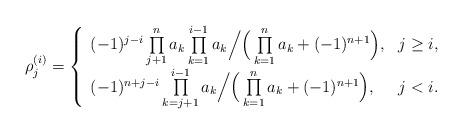
LaTeX: \begin{align*}\rho_j^{(i)}=\left\{\begin{array}{ll} (-1)^{j-i}\prod\limits_{j+1}^{n}a_k\prod\limits_{k=1}^{i-1}a_k \Big/ \Big(\prod \limits_{k=1}^n a_k+(-1)^{n+1}\Big), & j\geq i,\\ (-1)^{n+j-i}\prod\limits_{k=j+1}^{i-1}a_k \Big/ \Big(\prod\limits_{k=1}^n a_k+(-1)^{n+1}\Big), & j<i.\end{array}\right.\end{align*}